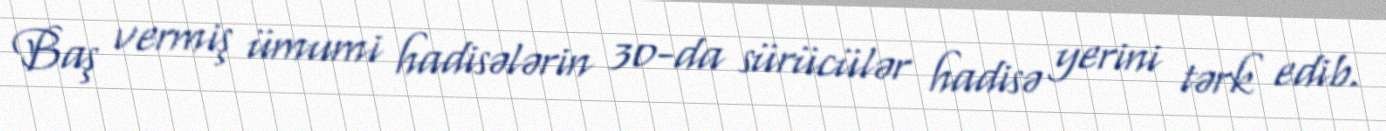
Baş vermiş ümumi hadisələrin 30-da sürücülər hadisə yerini tərk edib.